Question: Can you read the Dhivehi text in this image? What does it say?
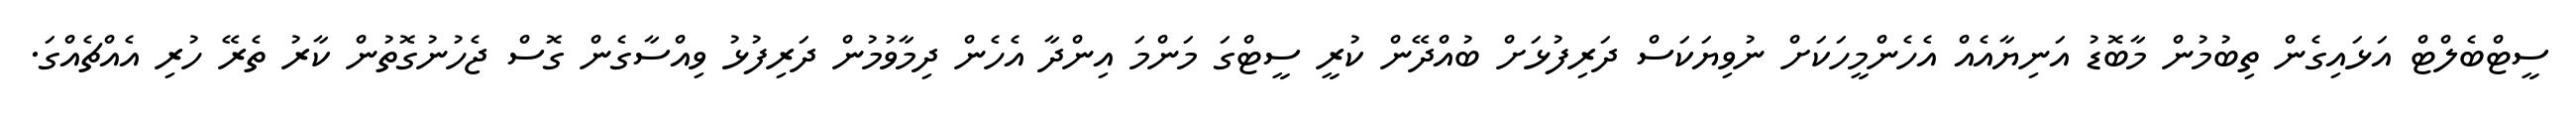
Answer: ސީޓްބެލްޓް އަޅައިގެން ތިބުމުން މާބޮޑު އަނިޔާއެއް އެހެންމީހަކަށް ނުވިޔަކަސް ދަރިފުޅަށް ބުއްދޭން ކުރީ ސީޓްގަ މަންމަ އިންދާ އެހެން ދިމާވުމުން ދަރިފުޅު ވިއްސާގެން ގޮސް ޖެހުނުގޮތުން ކާރު ތެރޭ ހުރި އެއްޗެއްގަ.